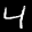
Label: 4